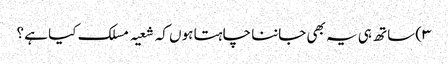
۳) ساتھ ہی یہ بھی جاننا چاہتا ہوں کہ شعیہ مسلک کیا ہے ؟